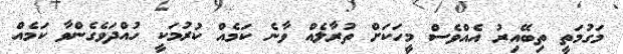
މަގުމަތީ ތިބޭއިރު އެއްވެސް މީހަކަށް ތުރާލެއް ވާނެ ކަމެއް ކުރުމަކީ ހުއްދަވެގެންވާ ކަމެއް